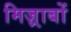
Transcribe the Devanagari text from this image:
मिज़्राबों